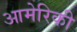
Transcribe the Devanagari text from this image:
आमेरिकी